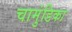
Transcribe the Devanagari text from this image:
चामुंडिका